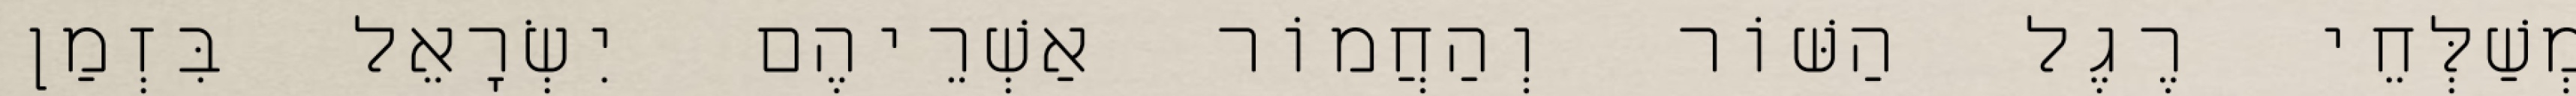
מְשַׁלְּחֵי רֶגֶל הַשּׁוֹר וְהַחֲמוֹר אַשְׁרֵיהֶם יִשְׂרָאֵל בִּזְמַן